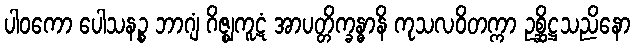
ပါဝကော ပေါသနဉ္စ ဘာဂျံ ဂိဇ္ဈကူဋံ အာပတ္တိက္ခန္ဓာနိ ကုသလဝိတက္ကာ ဥစ္ဆိဋ္ဌသညိနော